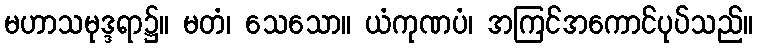
မဟာသမုဒ္ဒရာ၌။ မတံ၊ သေသော။ ယံကုဏပံ၊ အကြင်အကောင်ပုပ်သည်။